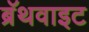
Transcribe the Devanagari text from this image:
ब्रॅथवाइट